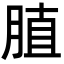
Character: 䐈